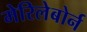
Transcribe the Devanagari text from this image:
मेरिलेबोर्न